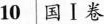
10国Ⅰ卷